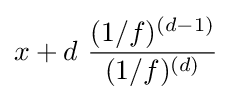
x+d~{\frac {(1/f)^{(d-1)}}{(1/f)^{(d)}}}